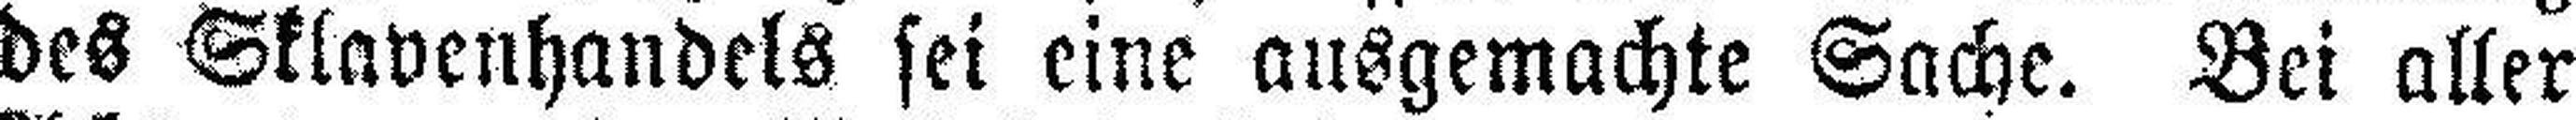
des Sklavenhandels sei eine ausgemachte Sache. Bei aller